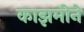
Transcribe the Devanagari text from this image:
काझमीने